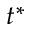
t ^ { * }